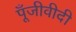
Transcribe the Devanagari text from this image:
पूँजीवीदी